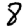
Digit: 8